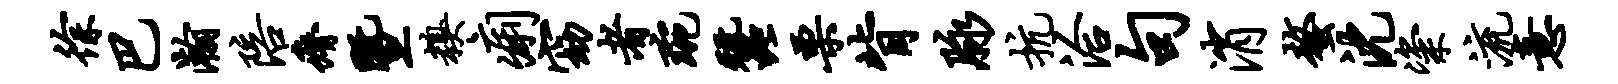
徐巴瀚陪瘠暨糗痢窈者琬蚕栗背脉抗洽句消螯沈粢流意